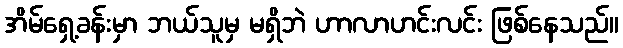
အိမ်ရှေ့ခန်းမှာ ဘယ်သူမှ မရှိဘဲ ဟာလာဟင်းလင်း ဖြစ်နေသည်။